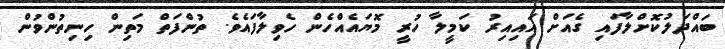
ބައްދަލުކޮށްލާފައި ގެއަށް އައިއިރު ކަމީލާ ހުރީ މޮޔައެއްހެން ހެވިލާފައެވެ. ތުންފަތް މަތިން ހިނިތުންވުން